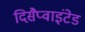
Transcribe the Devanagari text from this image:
दिसैप्वाइंटेड